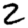
Digit: 2